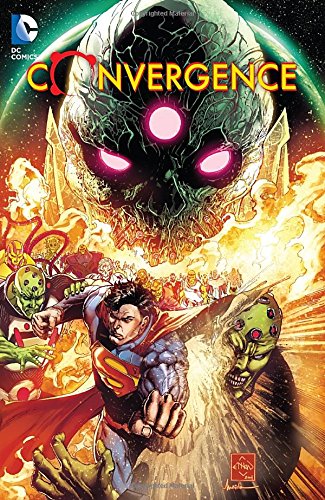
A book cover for Convergence; Jeff King; Comics & Graphic Novels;